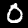
Label: 0